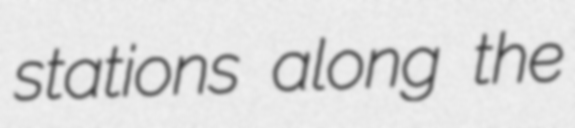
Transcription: stations along the